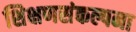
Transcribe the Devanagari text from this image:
शिक्षणसंकल्पना